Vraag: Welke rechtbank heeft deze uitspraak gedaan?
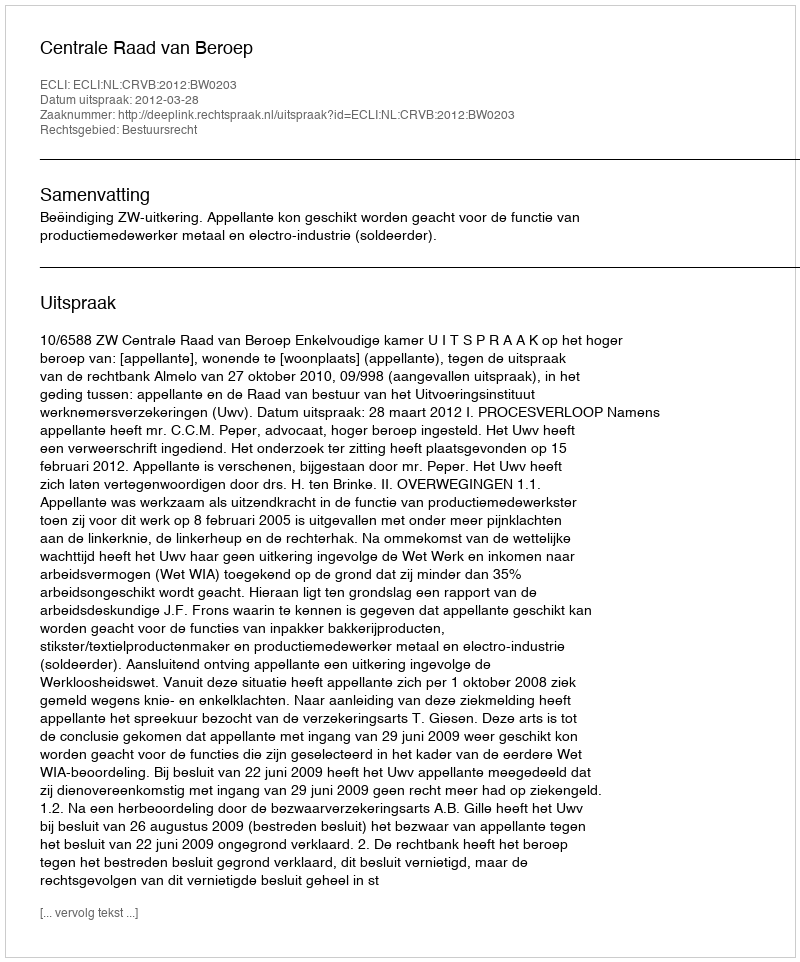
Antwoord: Centrale Raad van Beroep